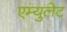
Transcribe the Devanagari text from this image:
एम्युलेट